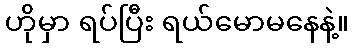
ဟိုမှာ ရပ်ပြီး ရယ်မောမနေနဲ့။